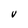
Character: V